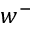
w ^ { - }